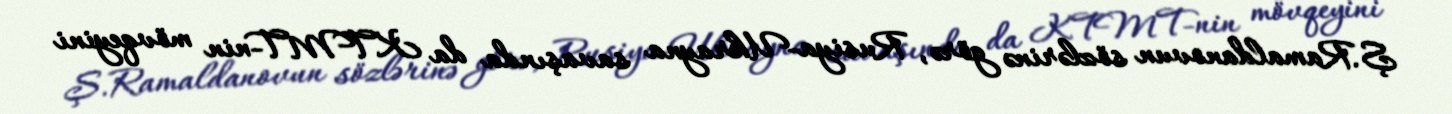
Ş.Ramaldanovun sözlərinə görə, Rusiya-Ukrayna savaşında da KTMT-nin mövqeyini